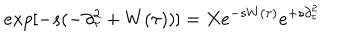
e x p [ - s ( - \partial _ { \tau } ^ { 2 } + W ( \tau ) ) ] = X e ^ { - s W ( \tau ) } e ^ { + s \partial _ { \tau } ^ { 2 } }